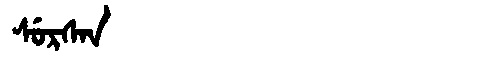
Manchu: ᠰᡠᡵᠰᠠᠨ
Romanization: SURSAN